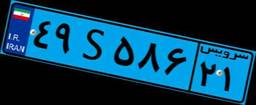
۸۴S۷۴۸۲۹